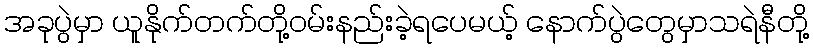
အခုပွဲမှာ ယူနိုက်တက်တို့ဝမ်းနည်းခဲ့ရပေမယ့် နောက်ပွဲတွေမှာသရဲနီတို့